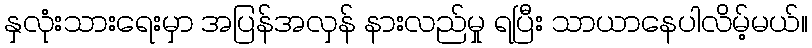
နှလုံးသားရေးမှာ အပြန်အလှန် နားလည်မှု ရပြီး သာယာနေပါလိမ့်မယ်။